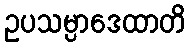
ဥပသမ္ပာဒေထာတိ